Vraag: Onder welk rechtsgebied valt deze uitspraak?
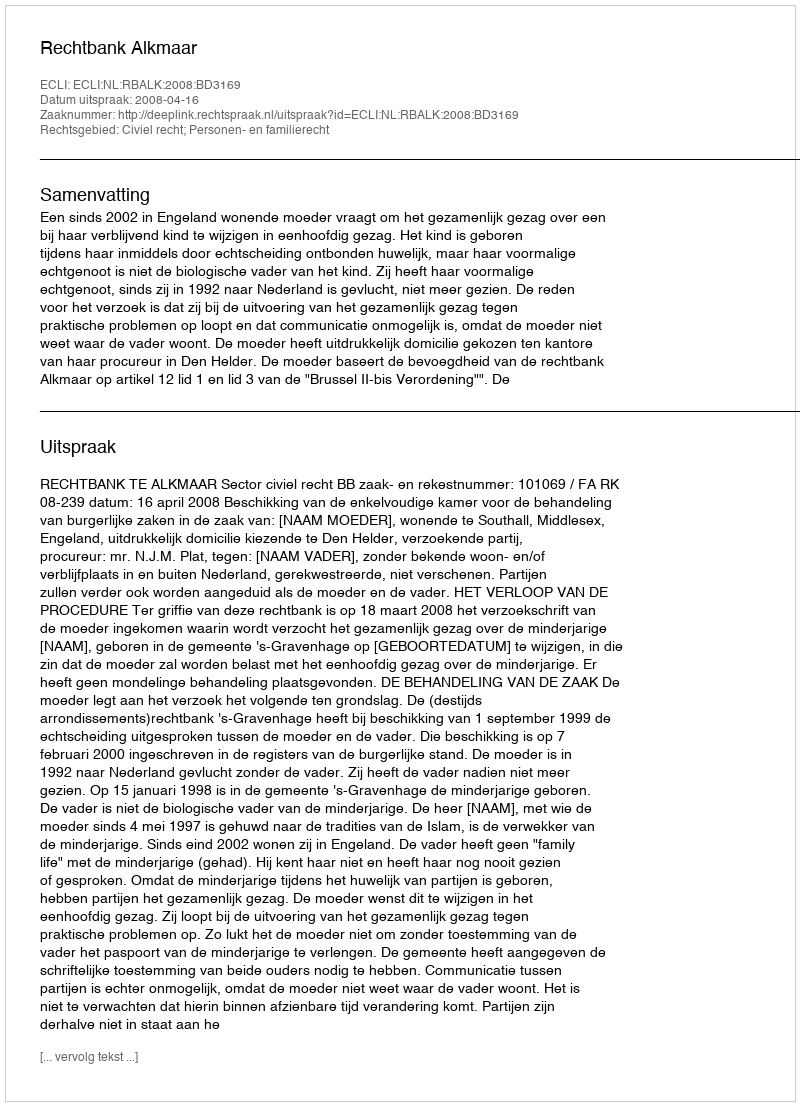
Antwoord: Civiel recht; Personen- en familierecht